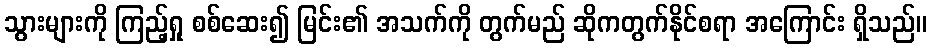
သွားများကို ကြည့်ရှု စစ်ဆေး၍ မြင်း၏ အသက်ကို တွက်မည် ဆိုကတွက်နိုင်စရာ အကြောင်း ရှိသည်။